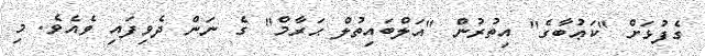
ގެފުޅަށް "ކަޢުބާގެ" އިތުރުން "އަލްބައިތުލް ޙަރާމް" ގެ ނަން ދެވިފައި ވެއެވެ. މި